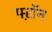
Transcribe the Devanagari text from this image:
फ्ऱॉन